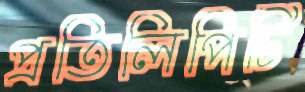
প্রতিলিপিটি